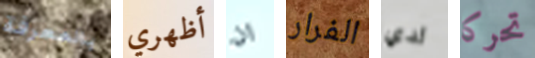
بالمعرفة أظهري ان الفرار لدي تحركا